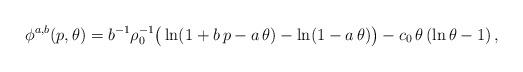
LaTeX: \begin{align*} \phi^{a,b}(p,\theta ) &= b^{-1}\rho^{-1}_0 \big (\ln (1 +b\, p -a\, \theta) - \ln (1 -a\, \theta)\big ) - c_0 \, \theta \, (\ln \theta -1) \,, \end{align*}